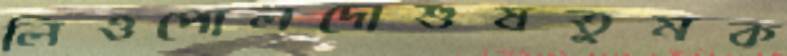
লিওপোলদোশুষতুমক